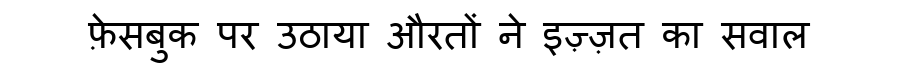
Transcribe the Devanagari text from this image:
फ़ेसबुक पर उठाया औरतों ने इज़्ज़त का सवाल